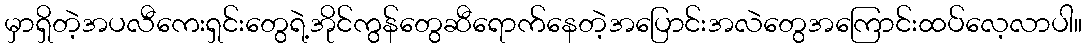
မှာရှိတဲ့အပလီကေးရှင်းတွေရဲ့အိုင်ကွန်တွေဆီရောက်နေတဲ့အပြောင်းအလဲတွေအကြောင်းထပ်လေ့လာပါ။